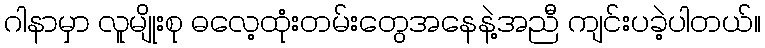
ဂါနာမှာ လူမျိုးစု ဓလေ့ထုံးတမ်းတွေအနေနဲ့အညီ ကျင်းပခဲ့ပါတယ်။